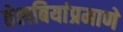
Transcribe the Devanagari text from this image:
तेलबियांप्रमाणे